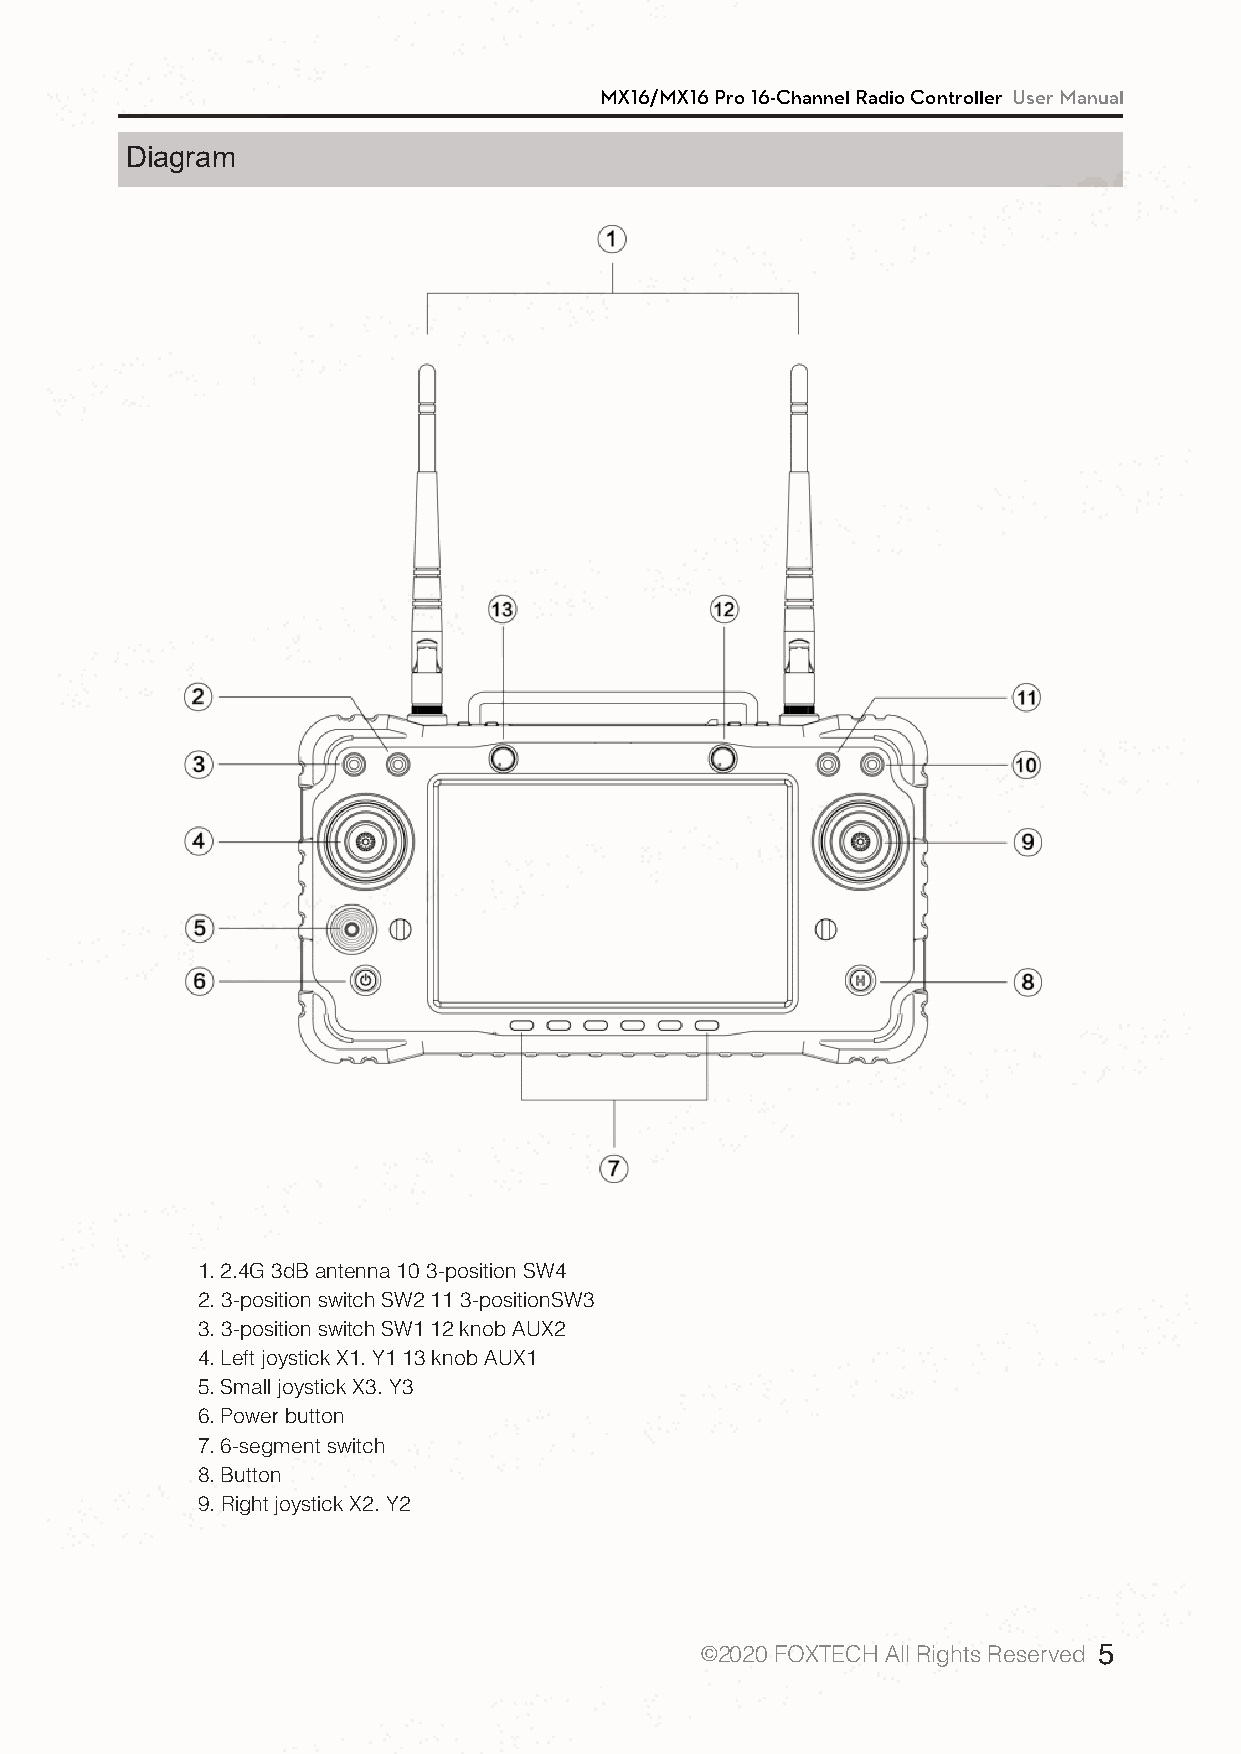
MX16/MX16 Pro 16-Channel Radio Controller User Manual
 Diagram
 1. 2.4G 3dB antenna 10 3-position SW4
 2. 3-position switch SW2 11 3-positionSW3
 3. 3-position switch SW1 12 knob AUX2
 4. Left joystick X1. Y1 13 knob AUX1
 5. Small joystick X3. Y3
 6. Power button
 7. 6-segment switch
 8. Button
 9. Right joystick X2. Y2
 ©2020 FOXTECH All Rights Reserved 5